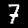
Digit: 7